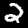
Digit: 2